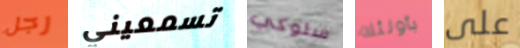
رجل تسمعيني سلوكي بأولئك على